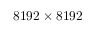
8 1 9 2 \times 8 1 9 2